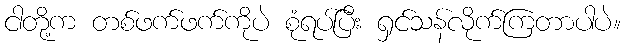
ငါတို့က တစ်ဖက်ဖက်ကိုပဲ စုံရပ်ပြီး ရှင်သန်လိုက်ကြတာပါပဲ။